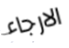
الارجاء